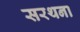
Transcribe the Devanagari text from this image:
सरथना